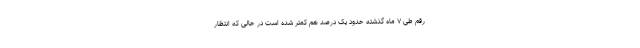
رقم طی ۷ ماه گذشته حدود یک درصد هم کمتر شده است در حالی که انتظار